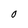
Character: O